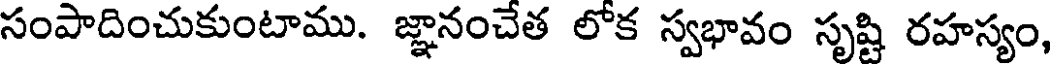
సంపాదించుకుంటాము. జ్ఞానంచేత లోక స్వభావం సృష్టి రహస్యం,